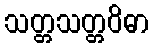
သတ္တသတ္တဝိဓာ